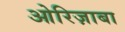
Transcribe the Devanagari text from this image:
ओरिज़ाबा